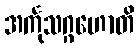
အင်္ကုသဂ္ဂဟောတိ